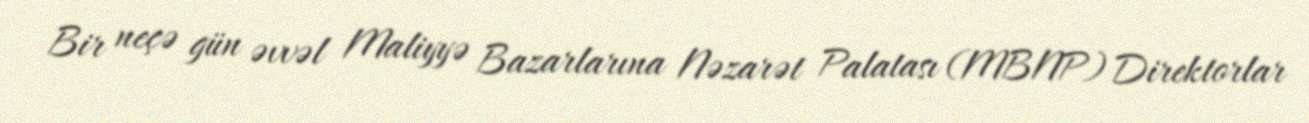
Bir neçə gün əvvəl Maliyyə Bazarlarına Nəzarət Palatası (MBNP) Direktorlar